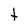
Character: t